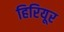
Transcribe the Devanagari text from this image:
हिरियूर